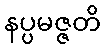
နပ္ပမဇ္ဇတိ